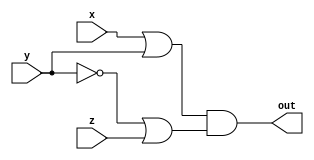
module project3
(
  input x,y,z,
  output out
);

  assign out = (x | y) & (~y | z);

endmodule